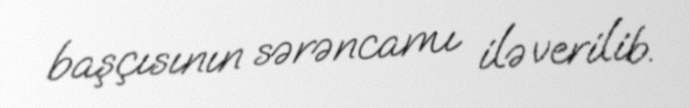
başçısının sərəncamı ilə verilib.